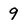
Character: 9